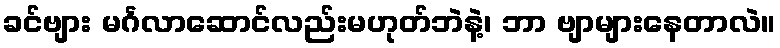
ခင်ဗျား မင်္ဂလာဆောင်လည်းမဟုတ်ဘဲနဲ့၊ ဘာ ဗျာများနေတာလဲ။